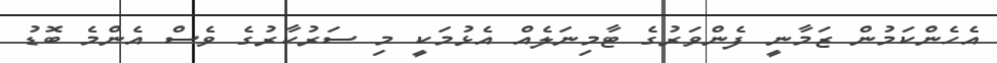
އެހެންކަމުން ޒަމާނީ ފެންވަރުގެ ޓާމިނަލެއް އެޅުމަކީ މި ސަރުކާރުގެ ވެސް އެންމެ ބޮޑު